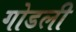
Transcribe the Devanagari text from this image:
गोडली